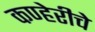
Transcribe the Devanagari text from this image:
कण्हेरीचे